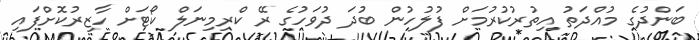
ބަންދުގެ މުއްދަތު އިތުރުކުރުމަށް ފުލުހުން ބުދަ ދުވަހުގެ ރޭ ކްރިމިނަލް ކޯޓަށް ހާޒިރުކޮށްފައި